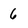
Character: 6